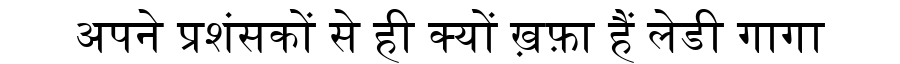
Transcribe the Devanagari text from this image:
अपने प्रशंसकों से ही क्यों ख़फ़ा हैं लेडी गागा